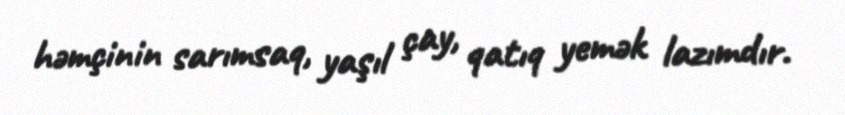
həmçinin sarımsaq, yaşıl çay, qatıq yemək lazımdır.